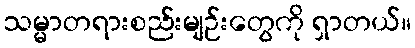
သမ္မာတရားစည်းမျဉ်းတွေကို ရှာတယ်။